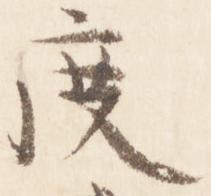
度